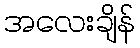
အလေးချိန်